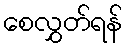
စေလွှတ်ရန်